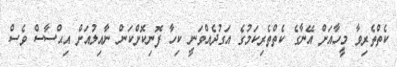
ކެތްތެރިވާ މީހާއަށް އޭނާގެ ކެތްތެރިކަމުގެ އަގުދެއްވަނީ ކިހާ ފޮނިކޮށްކަން ނާއިލުއަށް އިޙްސާސް ވެސް